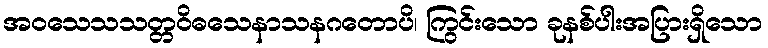
အဝသေသသတ္တဝိဓသေနာသနဂတောပိ၊ ကြွင်းသော ခုနစ်ပါးအပြားရှိသော